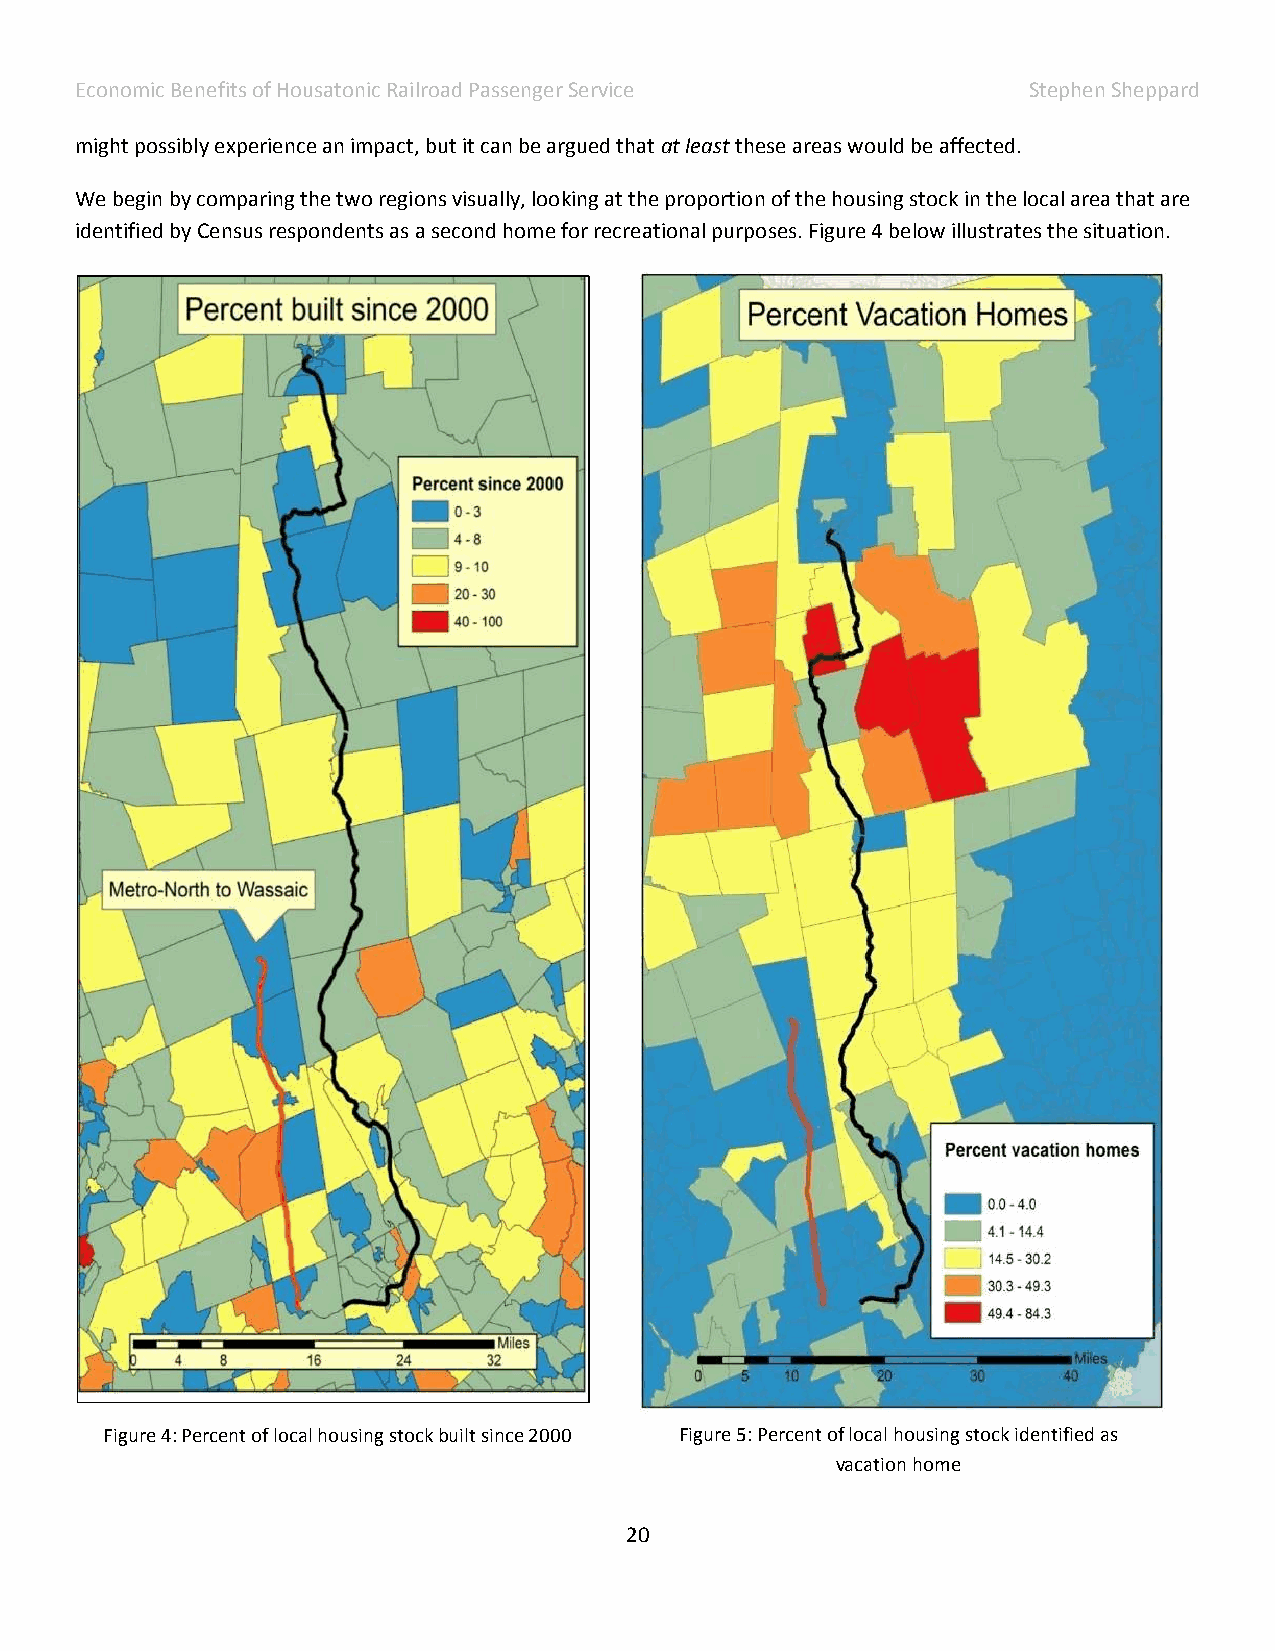
Economic Benefits of Housatonic Railroad Passenger Service     Stephen Sheppard
 might possibly experience an impact, but it can be argued that at least these areas would be affected.
 We begin by comparing the two regions visually, looking at the proportion of the housing stock in the local area that are
 identified by Census respondents as a second home for recreational purposes. Figure 4 below illustrates the situation.
 Figure 4: Percent of local housing stock built since 2000 Figure 5: Percent of local housing stock identified as
 vacation home
 20